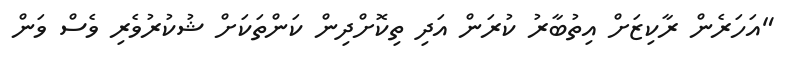
"އަހަރެން ރާކިޒަށް އިތުބާރު ކުރަން އަދި ތިކޮށްދިން ކަންތަކަށް ޝުކުރުވެރި ވެސް ވަން